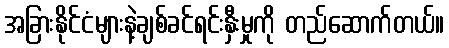
အခြားနိုင်ငံများနဲ့ချစ်ခင်ရင်းနှီးမှုကို တည်ဆောက်တယ်။